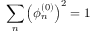
\sum _ { n } \left( \phi _ { n } ^ { ( 0 ) } \right) ^ { 2 } = 1